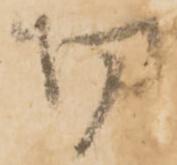
切